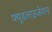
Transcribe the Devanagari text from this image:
फ्यूडलाइजेशन